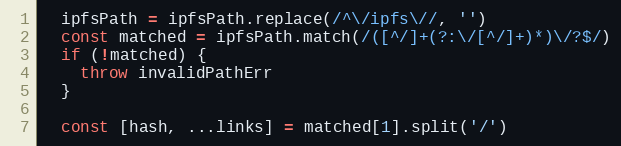
Language: JavaScript
  ipfsPath = ipfsPath.replace(/^\/ipfs\//, '')
  const matched = ipfsPath.match(/([^/]+(?:\/[^/]+)*)\/?$/)
  if (!matched) {
    throw invalidPathErr
  }

  const [hash, ...links] = matched[1].split('/')